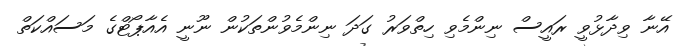
އޭނާ ވިދާޅުވީ ރައީސް ނިންމެވި ހިތްވަރު ގަދަ ނިންމެވުންތަކުން ނޫނީ އެއާޕޯޓްގެ މަސައްކަތް